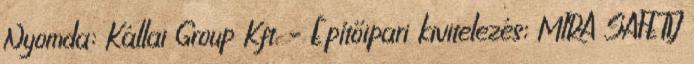
Nyomda; Kállai Group Kft. – Építőipari kivitelezés; MIRA SAFETY